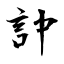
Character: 訲